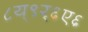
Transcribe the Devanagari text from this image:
८य्९र्६ए६